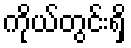
ကိုယ်တွင်းရှိ